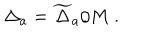
LaTeX: \Delta _ { a } = { \widetilde \Delta } _ { a } / M ~ .